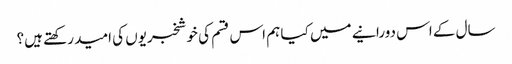
سال کے اس دورانیے میں کیا ہم اس قسم کی خوشخبریوں کی امید رکھتے ہیں؟